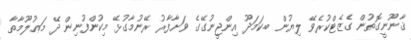
ޤާނޫނީގޮތުން ގެޒެޓްކުރެވޭ ލިޔުން ބ.ކަމަދޫ އިންޖީނުގޭގެ ވަށާފާރު ރޭނުމާގުޅޭ މިކުންފުނިން ދޭ މަޢުލޫމާތާ